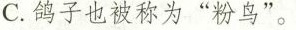
C.鸽子也被称为“粉鸟”。